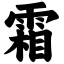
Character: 霜